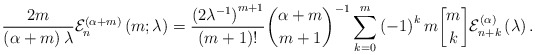
\begin{align*}\frac{2m}{\left( \alpha+m\right) \lambda}\mathcal{E}_{n}^{\left(\alpha+m\right) }\left( m;\lambda\right) =\frac{\left( 2\lambda^{-1}\right) ^{m+1}}{\left( m+1\right) !}\binom{\alpha+m}{m+1}^{-1}\sum_{k=0}^{m}\left( -1\right) ^{k}m\genfrac{[}{]}{0pt}{}{m}{k}\mathcal{E}_{n+k}^{\left( \alpha\right) }\left( \lambda\right) .\end{align*}